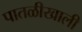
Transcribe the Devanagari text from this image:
पातळीखाली